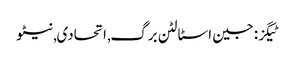
ٹیگز: جین اسٹالٹن برگ , اتحادی , نیٹو